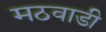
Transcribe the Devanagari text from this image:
मठवाडी